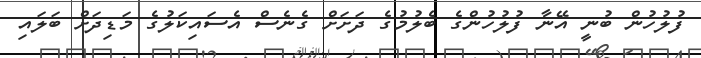
ފުލުހުން ބުނީ އޭނާ ފުލުހުންގެ ބެލުމުގެ ދަށަށް ގެނެސް އެސައިކަލުގެ މަޑިދަށް ބަލައި